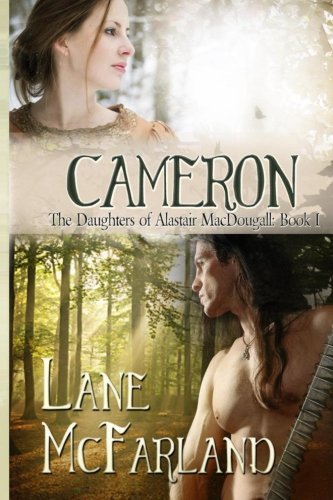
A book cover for Cameron (The Daughters of Alastair MacDougall) (Volume 1); Lane McFarland; Romance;